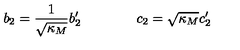
b _ { 2 } = \frac { 1 } { \sqrt { \kappa _ { M } } } b _ { 2 } ^ { \prime } \qquad \qquad c _ { 2 } = \sqrt { \kappa _ { M } } c _ { 2 } ^ { \prime }